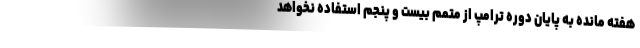
هفته مانده به پایان دوره ترامپ از متمم بیست و پنجم استفاده نخواهد